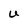
Character: U